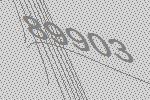
89903